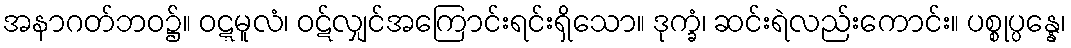
အနာဂတ်ဘဝ၌။ ဝဋ္ဋမူလံ၊ ဝဋ်လျှင်အကြောင်းရင်းရှိသော။ ဒုက္ခံ၊ ဆင်းရဲလည်းကောင်း။ ပစ္စုပ္ပန္နေ၊